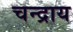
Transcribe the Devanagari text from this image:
चन्द्राय